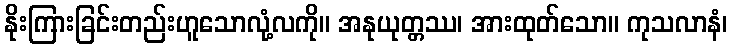
နိုးကြားခြင်းတည်းဟူသောလုံ့လကို။ အနုယုတ္တဿ၊ အားထုတ်သော။ ကုသလာနံ၊